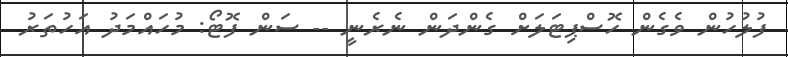
ފުލުހުން ވެގެން ހޮސްޕިޓަލަށް ގެންދަން ނެރެނީ -- ސަން ފޮޓޯ: މުހައްމަދު އަހުތަރު